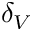
\delta _ { V }